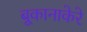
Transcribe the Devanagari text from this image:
बूकानाकेरे